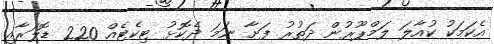
އެކަމަކު ކުއާލަ ލަމްޕޫރުން ދަތުރު ފަށާ ނަމަ ދެކޮޅު ޓިކެޓެއް 220 ޑޮލަރާއި